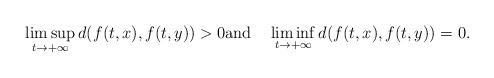
LaTeX: \begin{gather*}\limsup_{t\to+\infty}d(f(t,x),f(t,y))>0\textrm{and}\quad\liminf_{t\to+\infty}d(f(t,x),f(t,y))=0.\end{gather*}